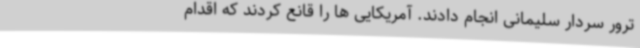
ترور سردار سلیمانی انجام دادند. آمریکایی ها را قانع کردند که اقدام